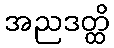
အညဒတ္ထိ